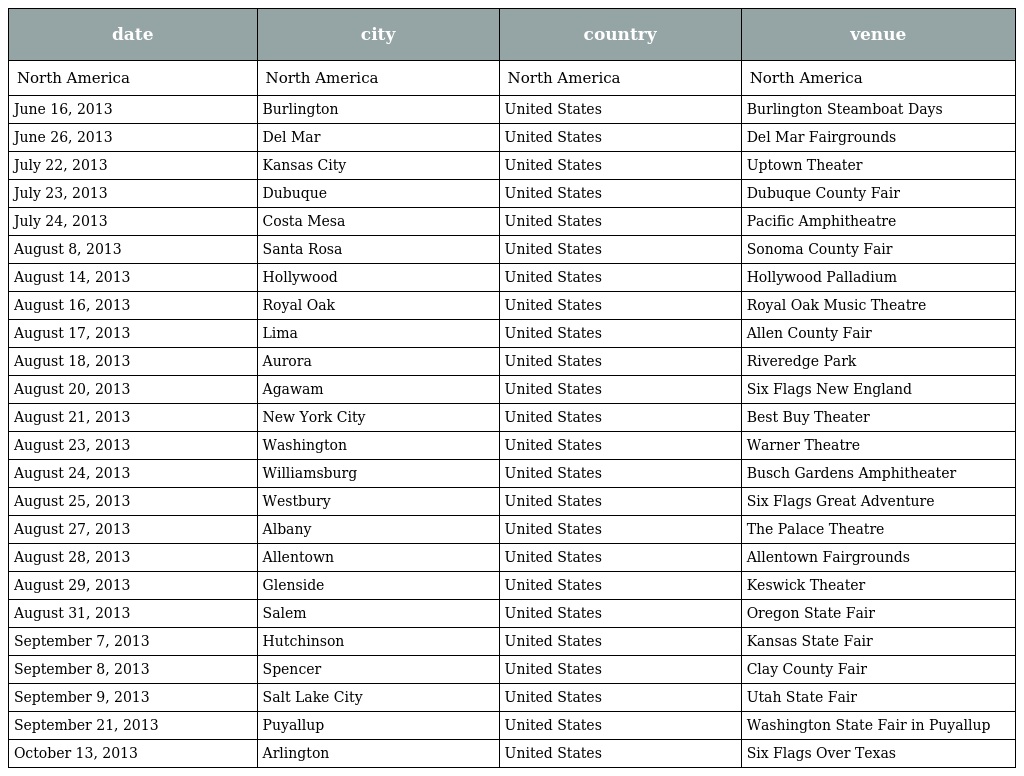
| date | city | country | venue |
 | --- | --- | --- | --- |
 | North America | North America | North America | North America |
 | June 16, 2013 | Burlington | United States | Burlington Steamboat Days |
 | June 26, 2013 | Del Mar | United States | Del Mar Fairgrounds |
 | July 22, 2013 | Kansas City | United States | Uptown Theater |
 | July 23, 2013 | Dubuque | United States | Dubuque County Fair |
 | July 24, 2013 | Costa Mesa | United States | Pacific Amphitheatre |
 | August 8, 2013 | Santa Rosa | United States | Sonoma County Fair |
 | August 14, 2013 | Hollywood | United States | Hollywood Palladium |
 | August 16, 2013 | Royal Oak | United States | Royal Oak Music Theatre |
 | August 17, 2013 | Lima | United States | Allen County Fair |
 | August 18, 2013 | Aurora | United States | Riveredge Park |
 | August 20, 2013 | Agawam | United States | Six Flags New England |
 | August 21, 2013 | New York City | United States | Best Buy Theater |
 | August 23, 2013 | Washington | United States | Warner Theatre |
 | August 24, 2013 | Williamsburg | United States | Busch Gardens Amphitheater |
 | August 25, 2013 | Westbury | United States | Six Flags Great Adventure |
 | August 27, 2013 | Albany | United States | The Palace Theatre |
 | August 28, 2013 | Allentown | United States | Allentown Fairgrounds |
 | August 29, 2013 | Glenside | United States | Keswick Theater |
 | August 31, 2013 | Salem | United States | Oregon State Fair |
 | September 7, 2013 | Hutchinson | United States | Kansas State Fair |
 | September 8, 2013 | Spencer | United States | Clay County Fair |
 | September 9, 2013 | Salt Lake City | United States | Utah State Fair |
 | September 21, 2013 | Puyallup | United States | Washington State Fair in Puyallup |
 | October 13, 2013 | Arlington | United States | Six Flags Over Texas |